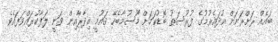
ބައެއް ރަށްރަށަށް އުދައެރުމުގެ ފުރުސަތު ބޮޑުކަމަށް މޫސުމާބެހޭ ޤައުމީ އިދާރާއިން ވަނީ ލަފާކުރައްވަފައެވެ.